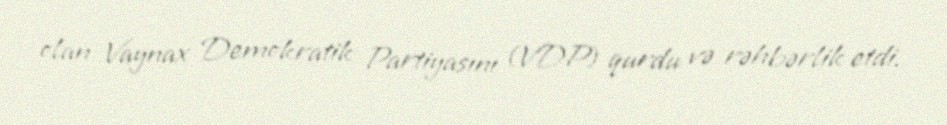
olan Vaynax Demokratik Partiyasını (VDP) qurdu və rəhbərlik etdi.